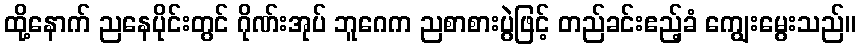
ထို့နောက် ညနေပိုင်းတွင် ဂိုဏ်းအုပ် ဘူဂေက ညစာစားပွဲဖြင့် တည်ခင်းဧည့်ခံ ကျွေးမွေးသည်။